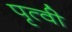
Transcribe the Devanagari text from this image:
पृत्वी